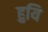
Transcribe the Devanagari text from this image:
हुयि